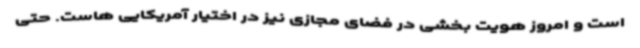
است و امروز هویت بخشی در فضای مجازی نیز در اختیار آمریکایی هاست. حتی